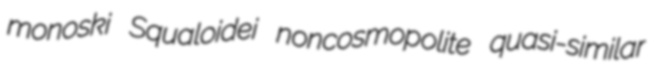
monoski Squaloidei noncosmopolite quasi-similar